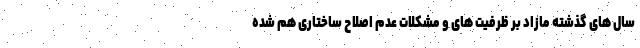
سال های گذشته مازاد بر ظرفیت های و مشکلات عدم اصلاح ساختاری هم شده